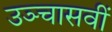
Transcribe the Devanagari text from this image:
उञ्चासवीं